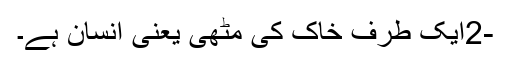
-2ایک طرف خاک کی مٹھی یعنی انسان ہے۔